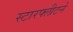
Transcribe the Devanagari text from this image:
स्टारफ्लीटने